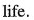
life.